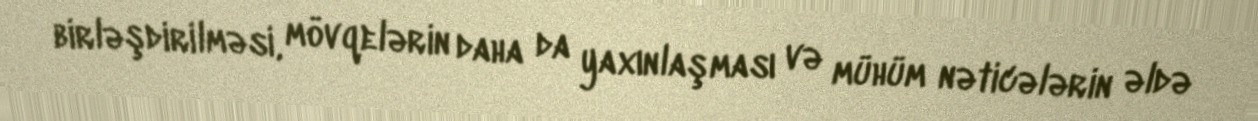
birləşdirilməsi, mövqelərin daha da yaxınlaşması və mühüm nəticələrin əldə